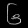
Digit: ၆